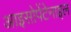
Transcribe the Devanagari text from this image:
आइसोपेंटेनाइल